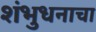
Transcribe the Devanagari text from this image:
शंभुधनाचा